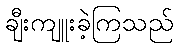
ချီးကျူးခဲ့ကြသည်